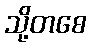
သို့တစေ